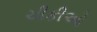
ચીકીઓ